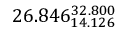
2 6 . 8 4 6 _ { 1 4 . 1 2 6 } ^ { 3 2 . 8 0 0 }